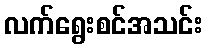
လက်ရွေးစင်အသင်း